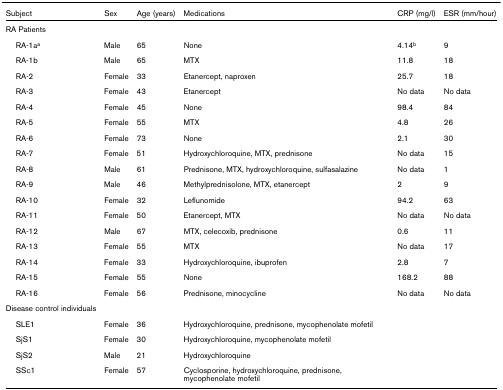
| Subject | Sex | Age (years) | Medications | CRP (mg/l) | ESR (mm/hour) |
 | --- | --- | --- | --- | --- | --- |
 | RA Patients |  |  |  |  |  |
 | RA-1aa | Male | 65 | None | 4.14b | 9 |
 | RA-1b | Male | 65 | MTX | 11.8 | 18 |
 | RA-2 | Female | 33 | Etanercept, naproxen | 25.7 | 18 |
 | RA-3 | Female | 43 | Etanercept | No data | No data |
 | RA-4 | Female | 45 | None | 98.4 | 84 |
 | RA-5 | Female | 55 | MTX | 4.8 | 26 |
 | RA-6 | Female | 73 | None | 2.1 | 30 |
 | RA-7 | Female | 51 | Hydroxychloroquine, MTX, prednisone | No data | 15 |
 | RA-8 | Male | 61 | Prednisone, MTX, hydroxychloroquine, sulfasalazine | No data | 1 |
 | RA-9 | Male | 46 | Methylprednisolone, MTX, etanercept | 2 | 9 |
 | RA-10 | Female | 32 | Leflunomide | 94.2 | 63 |
 | RA-11 | Female | 50 | Etanercept, MTX | No data | No data |
 | RA-12 | Male | 67 | MTX, celecoxib, prednisone | 0.6 | 11 |
 | RA-13 | Female | 55 | MTX | No data | 17 |
 | RA-14 | Female | 33 | Hydroxychloroquine, ibuprofen | 2.8 | 7 |
 | RA-15 | Female | 55 | None | 168.2 | 88 |
 | RA-16 | Female | 56 | Prednisone, minocycline | No data | No data |
 | Disease control individuals |  |  |  |  |  |
 | SLE1 | Female | 36 | Hydroxychloroquine, prednisone, mycophenolate mofetil |  |  |
 | SjS1 | Female | 30 | Hydroxychloroquine, mycophenolate mofetil |  |  |
 | SjS2 | Male | 21 | Hydroxychloroquine |  |  |
 | SSc1 | Female | 57 | Cyclosporine, hydroxychloroquine, prednisone, mycophenolate mofetil |  |  |